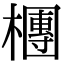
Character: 檲